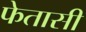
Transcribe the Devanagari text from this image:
फेतासी